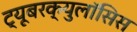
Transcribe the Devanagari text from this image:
ट्यूबरक्युलॉसिस